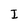
Character: I